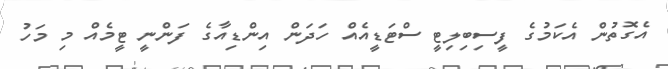
އެގޮތުން އެކަމުގެ ފީސިބިލިޓީ ސްޓަޑީއެއް ހަދަން އިންޑިއާގެ ފަންނީ ޓީމެއް މި މަހު